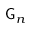
{ \sf G } _ { n }